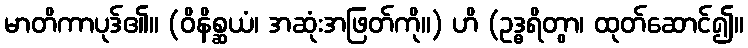
မာတိကာပုဒ်၏။ (ဝိနိစ္ဆယံ၊ အဆုံးအဖြတ်ကို။) ဟိ (ဥဒ္ဓရိတွာ၊ ထုတ်ဆောင်၍။